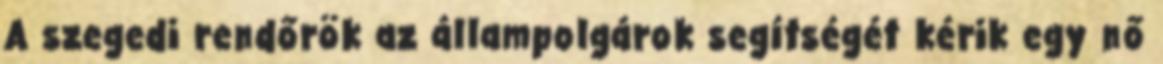
A szegedi rendőrök az állampolgárok segítségét kérik egy nő